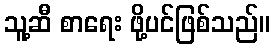
သူ့ဆီ စာရေး ဖို့ပင်ဖြစ်သည်။